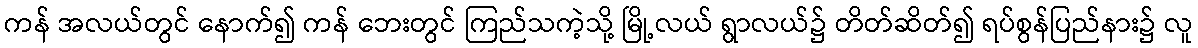
ကန် အလယ်တွင် နောက်၍ ကန် ဘေးတွင် ကြည်သကဲ့သို့ မြို့လယ် ရွာလယ်၌ တိတ်ဆိတ်၍ ရပ်စွန်ပြည်နား၌ လူ